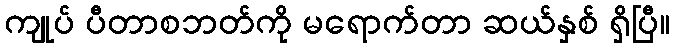
ကျုပ် ပီတာစဘတ်ကို မရောက်တာ ဆယ်နှစ် ရှိပြီ။